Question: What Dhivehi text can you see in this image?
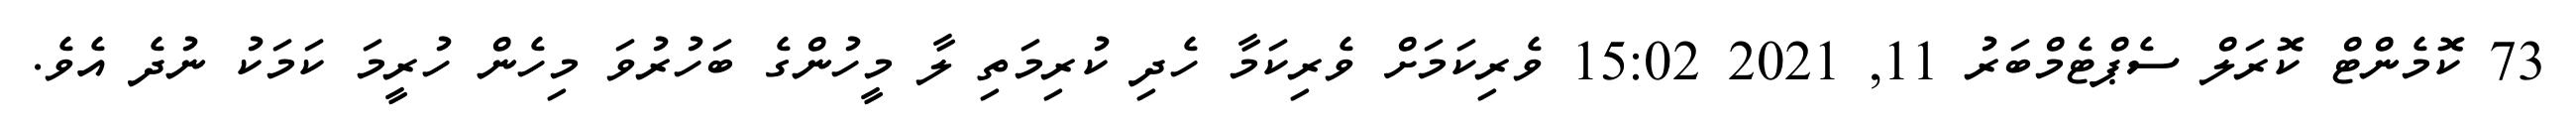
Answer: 73 ކޮމެންޓް ކޮރަލް ސެޕްޓެމްބަރު 11, 2021 15:02 ވެރިކަމަށް ވެރިކަމާ ހެދި ކުރިމަތި ލާ މީހުންގެ ބަހުރުވަ މިހެން ހުރީމަ ކަމަކު ނުދެ އެވެ.